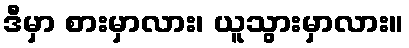
ဒီမှာ စားမှာလား၊ ယူသွားမှာလား။